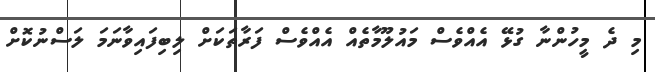
މި ދެ މީހުންނާ ގުޅޭ އެއްވެސް މައުލޫމާތެއް އެއްވެސް ފަރާތަކަށް ލިބިފައިވާނަމަ ލަސްނުކޮށް